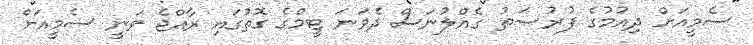
ސެމީއަށް ދިއުމުގެ ފުރުޞަތު ގެއްލުނަސް ދެވަނަ ޓީމްގެ ގޮތުގައި ރާއްޖެ ވަނީ ސެމީއަށް